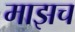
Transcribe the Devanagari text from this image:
माझच